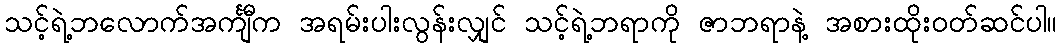
သင့်ရဲ့ဘလောက်အင်္ကျီက အရမ်းပါးလွန်းလျှင် သင့်ရဲ့ဘရာကို ဇာဘရာနဲ့ အစားထိုးဝတ်ဆင်ပါ။